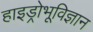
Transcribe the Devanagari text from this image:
हाइड्रोभूविज्ञान